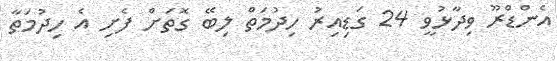
އެންޑްރޫ ވިދާޅުވީ 24 ގަޑިއިރު ހިދުމަތް ލިބޭ ގޮތަށް ފެށި އެ ހިދުމަތާ